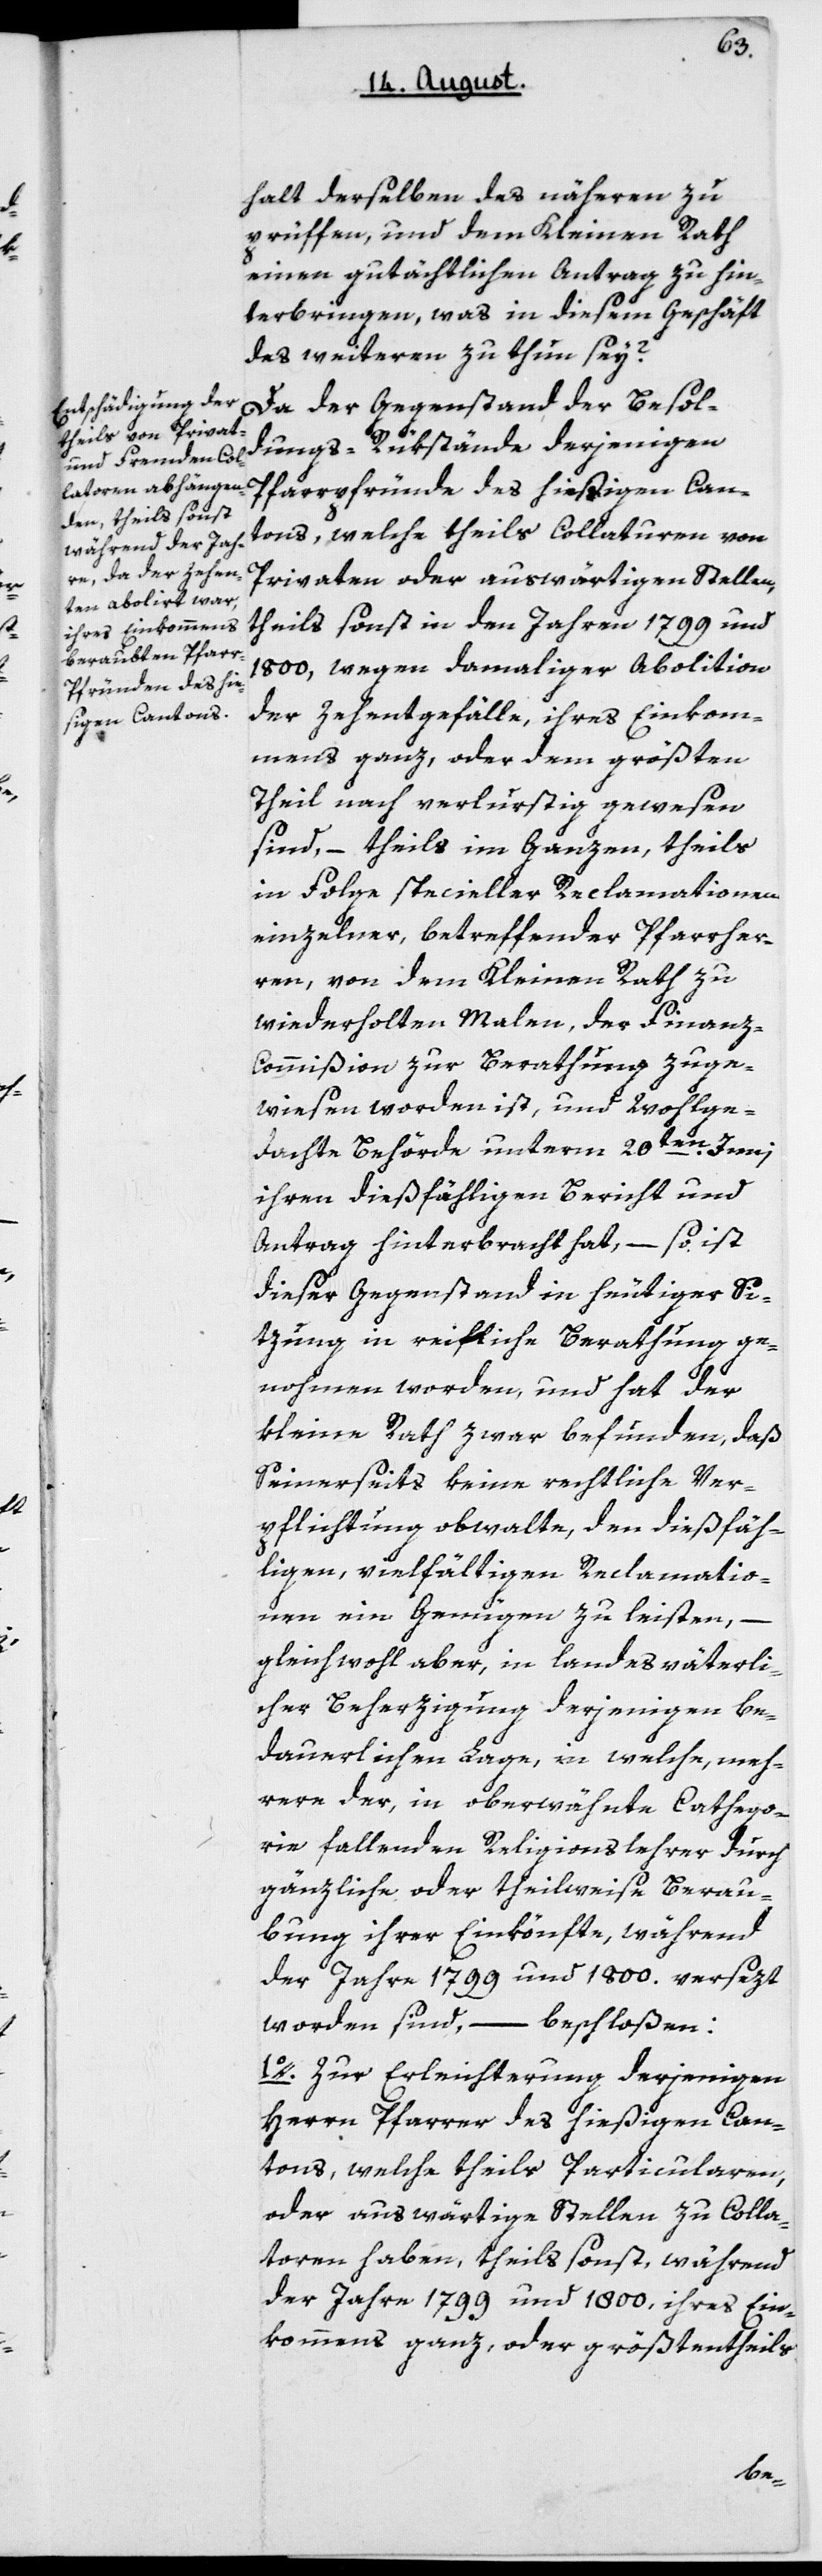
halt derselben des Näheren zu
prüfen, und dem Kleinen Rath
einen gutächtlichen Antrag zu hin¬
terbringen, was in diesem Geschäft
des Weiteren zu thun sey?
Da der Gegenstand der Besol¬
dungs-Rükstände derjenigen
Pfarrpfründe des hießigen Can¬
tons, welche theils Collaturen von
Privaten oder auswärtigen Stellen,
theils sonst in den Jahren 1799 und
1800, wegen damaliger Abolition
der Zehentgefälle ihres Einkom¬
mens ganz oder dem größten
Theil nach verlustig gewesen
sind, – theils im Ganzen, theils
in Folge specieller Reclamationen
einzelner betreffender Pfarrher¬
ren, von dem Kleinen Rath zu
wiederholten Malen, der Finanz-C¬
ommißion zur Berathung zuge¬
wiesen worden ist, und wohlge¬
dachte Behörde unterm 20ten Junii
ihren dießfälligen Bericht und
Antrag hinterbracht hat, – so ist
dieser Gegenstand in heutiger Si¬
tzung in reifliche Berathung ge¬
nommen worden, und hat der
Kleine Rath zwar befunden, daß
Seinerseits keine rechtliche Ver¬
pflichtung obwalte, den dießfäl¬
ligen vielfältigen Reclamatio¬
nen ein Genügen zu leisten, –
gleichwohl aber, in landesväterli¬
cher Beherzigung derjenigen be¬
dauerlichen Lage, in welche meh¬
rere der, in oberwähnte Catego¬
rie fallenden Religionslehrer durch
gänzliche oder teilweise Berau¬
bung ihrer Einkönfte, während
der Jahre 1799 und 1800 versezt
worden sind, –
beschloßen:
1o. Zur Erleichterung derjenigen
Herrn Pfarrer des hießigen Can¬
tons, welche theils Particularen
oder auswärtige Stellen zu Colla¬
toren haben, theils sonst, während
der Jahre 1799 und 1800, ihres Ein¬
kommens ganz, oder größtentheils